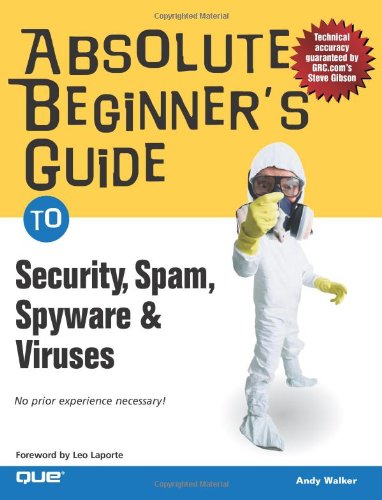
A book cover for Absolute Beginner's Guide to Security, Spam, Spyware & Viruses; Andy Walker; Computers & Technology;